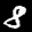
Label: 8